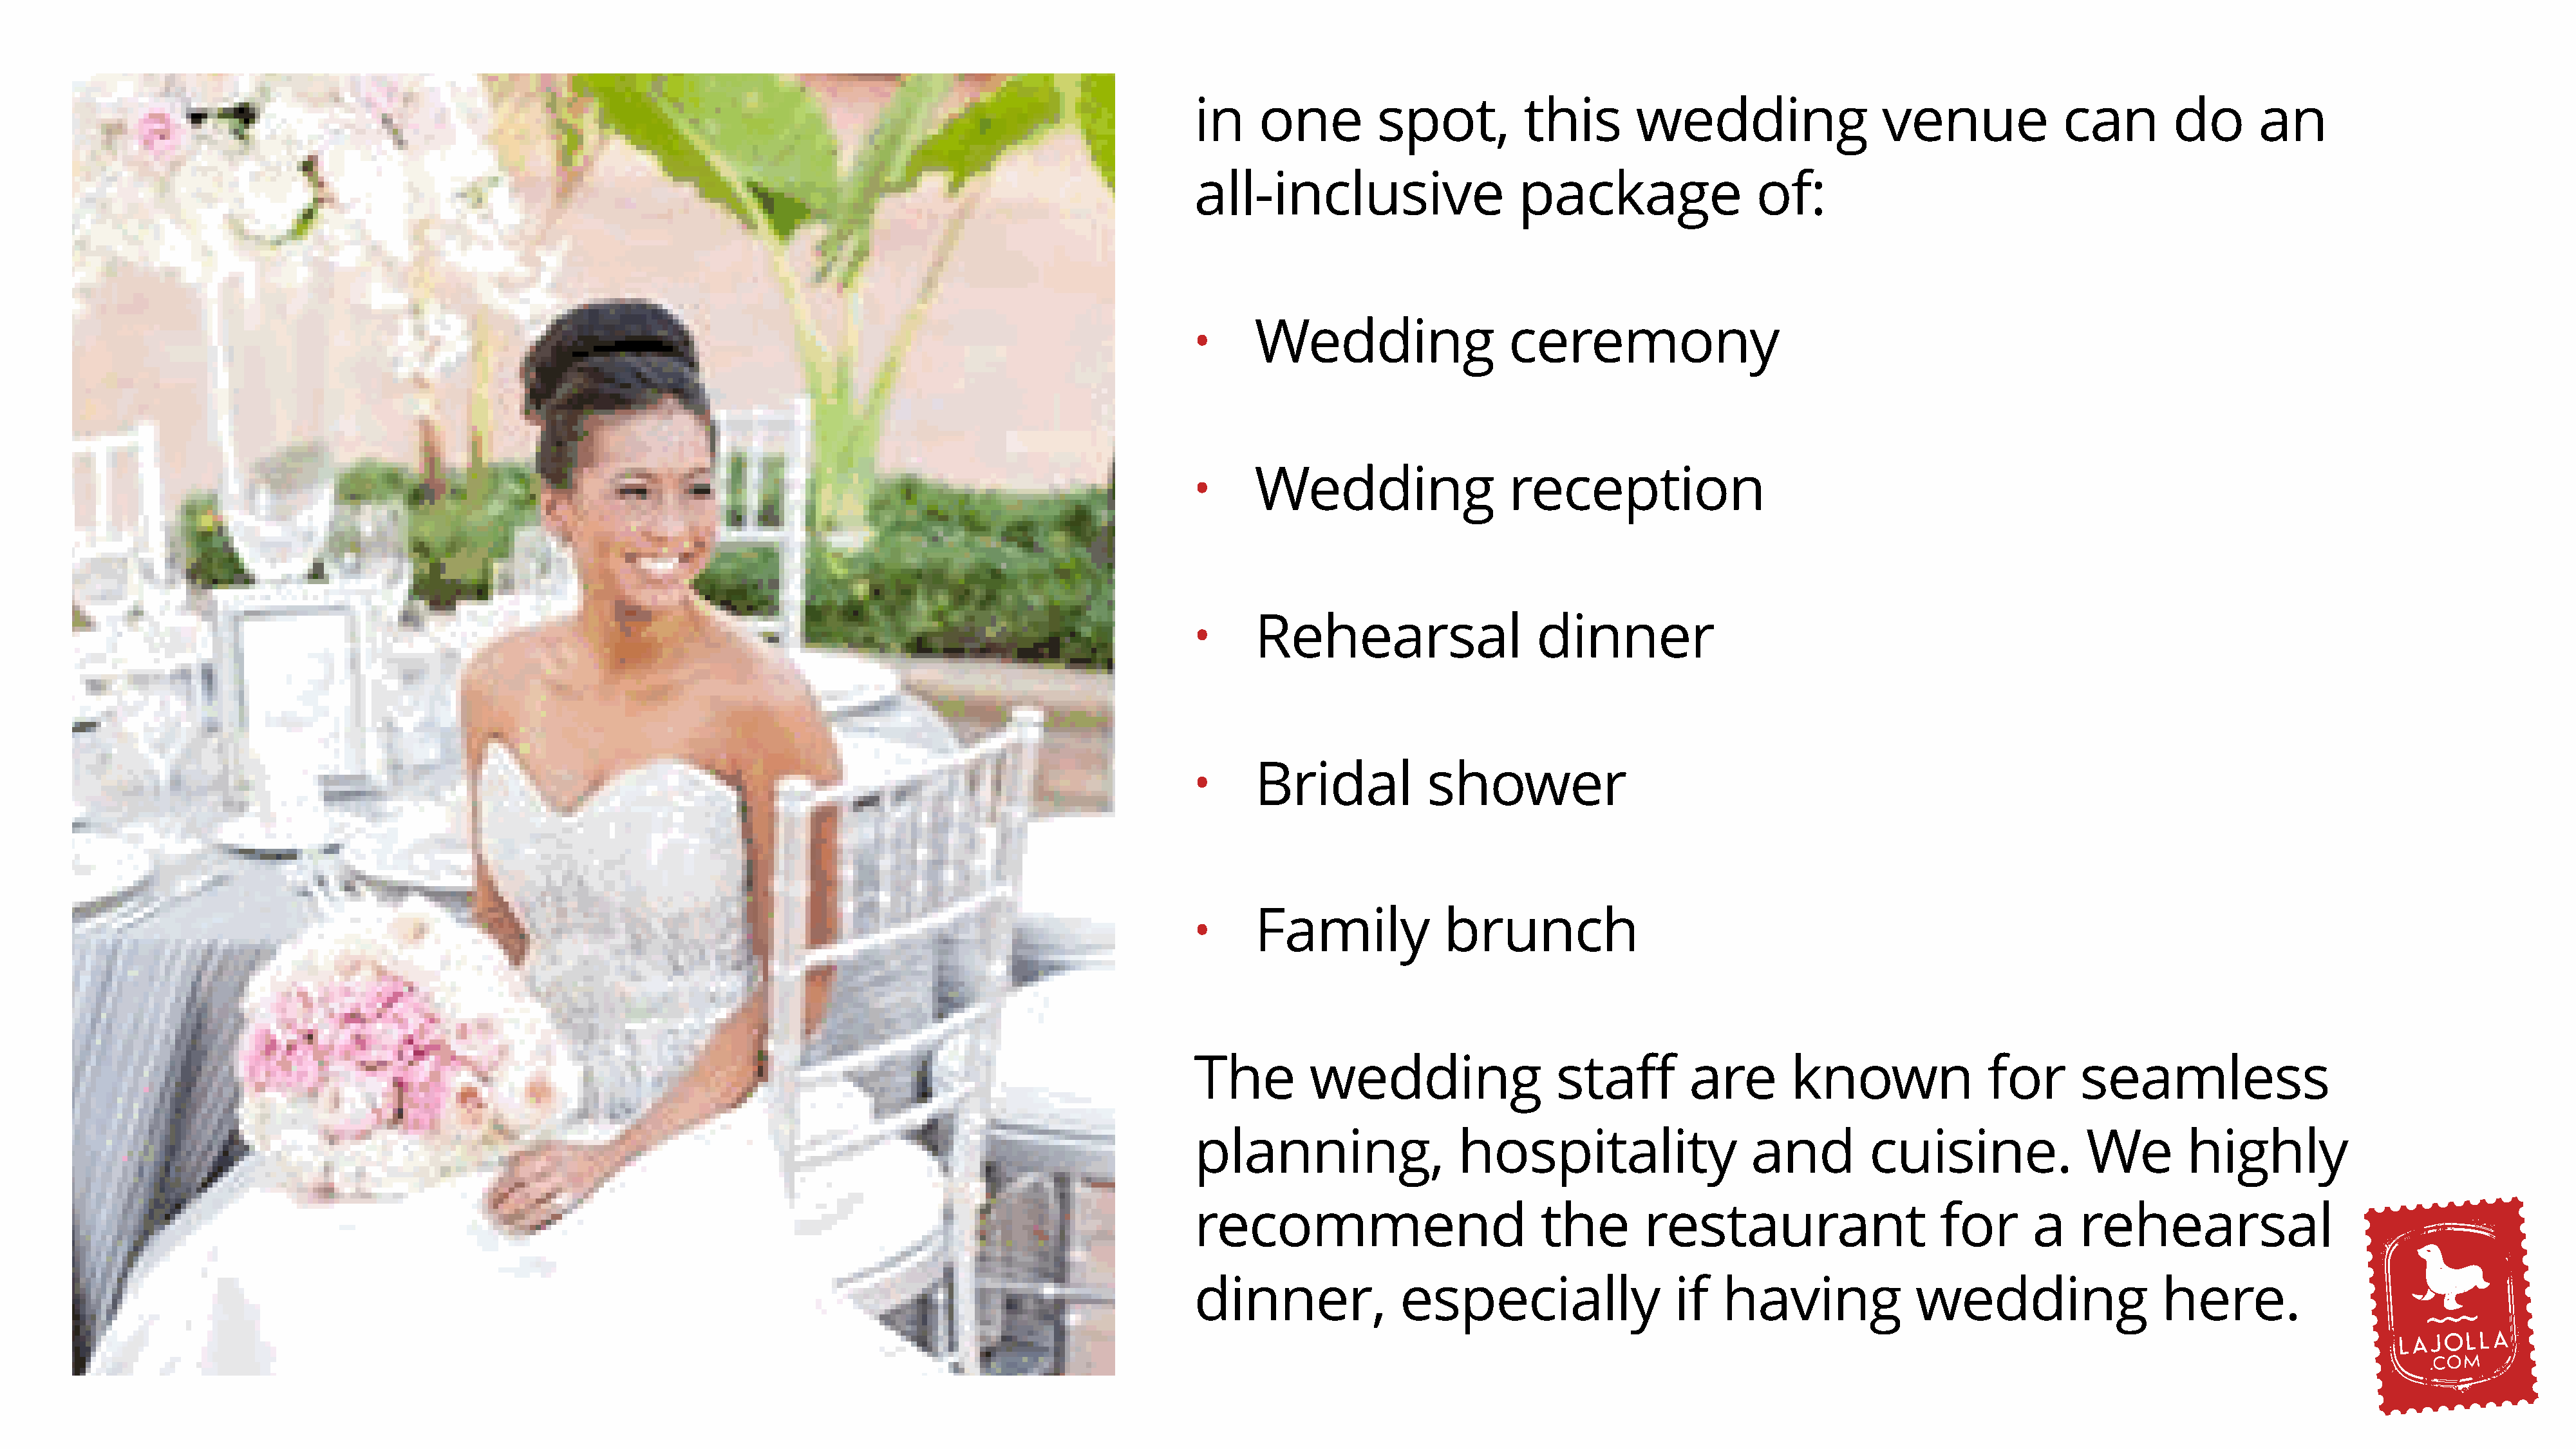
in    one          spot,          this       wedding                  venue              can        do       an
 all-inclusive                    package                  of:
 Wedding                   ceremony
 •
 Wedding                   reception
 •
 Rehearsal                    dinner
 •
 Bridal            shower
 •
 Family             brunch
 •
 The         wedding                  staff         are       known               for       seamless
 planning,                  hospitality                   and         cuisine.              We         highly
 recommend                          the        restaurant                    for       a    rehearsal
 dinner,              especially                  if   having              wedding                  here.